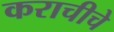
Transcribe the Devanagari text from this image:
कराचीचे